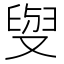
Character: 𠭭